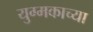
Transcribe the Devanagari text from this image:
युग्मकाच्या